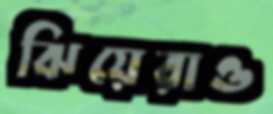
ঝিয়েরাও